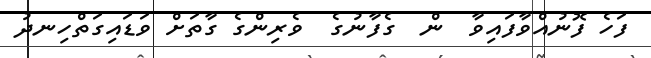
ފަހެ ފޮނުއްވާފައިވާ  ން  ގެފާނުގެ  ވެރިންގެ ގާތަށް ވަޑައިގަތްހިނދު